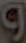
و